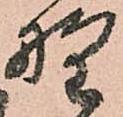
野